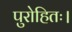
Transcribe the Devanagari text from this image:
पुरोहितः।